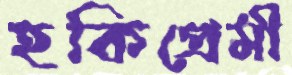
হকিপ্রেমী